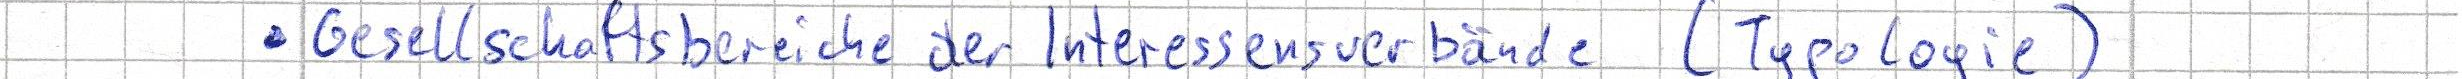
- Gesellschaftsbereiche der Interessensverbände (Typologie)